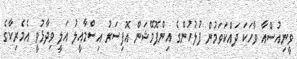
ވީނިއުސްއާ ވާހަކަ ދައްކަވަމުން ފުލުހުންގެ އިންފޮމޭޝަން އޮފިސަރު އިސްމާއީލު އަލީ ވިދާޅުވީ އެމެރިކާގެ